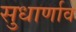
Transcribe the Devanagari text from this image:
सुधार्णाव